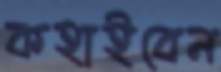
কহাইবেন